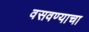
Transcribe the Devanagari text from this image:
वसवण्याचा